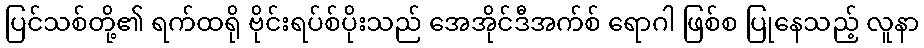
ပြင်သစ်တို့၏ ရက်ထရို ဗိုင်းရပ်စ်ပိုးသည် အေအိုင်ဒီအက်စ် ရောဂါ ဖြစ်စ ပြုနေသည့် လူနာ